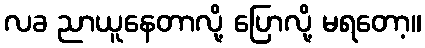
လခ ညာယူနေတာလို့ ပြောလို့ မရတော့။